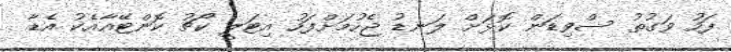
ފަހު ވަގުތު ސްވިޑަން ކޮޅަށް ލަނޑު ޖެހުމަށްފަހު އިޓަލީ ކޯޗު ކޮންޓޭއާއެކު އެޑާ